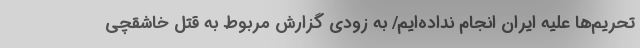
تحریم‌ها علیه ایران انجام نداده‌ایم/ به زودی گزارش مربوط به قتل خاشقچی